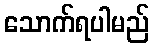
သောက်ရပါမည်